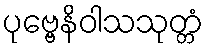
ပုဗ္ဗေနိဝါသသုတ္တံ